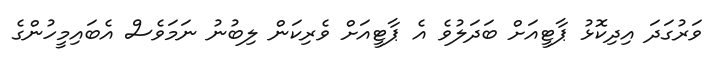
ވަރުގަދަ އިދިކޮޅު ޕާޓީއަށް ބަދަލުވެ އެ ޕާޓީއަށް ވެރިކަން ލިބުނު ނަމަވެސް އެބައިމީހުންގެ